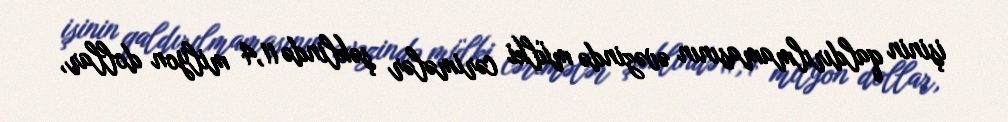
işinin qaldırılmamasının əvəzində mülki cərimələr şəklində 11,4 milyon dollar,